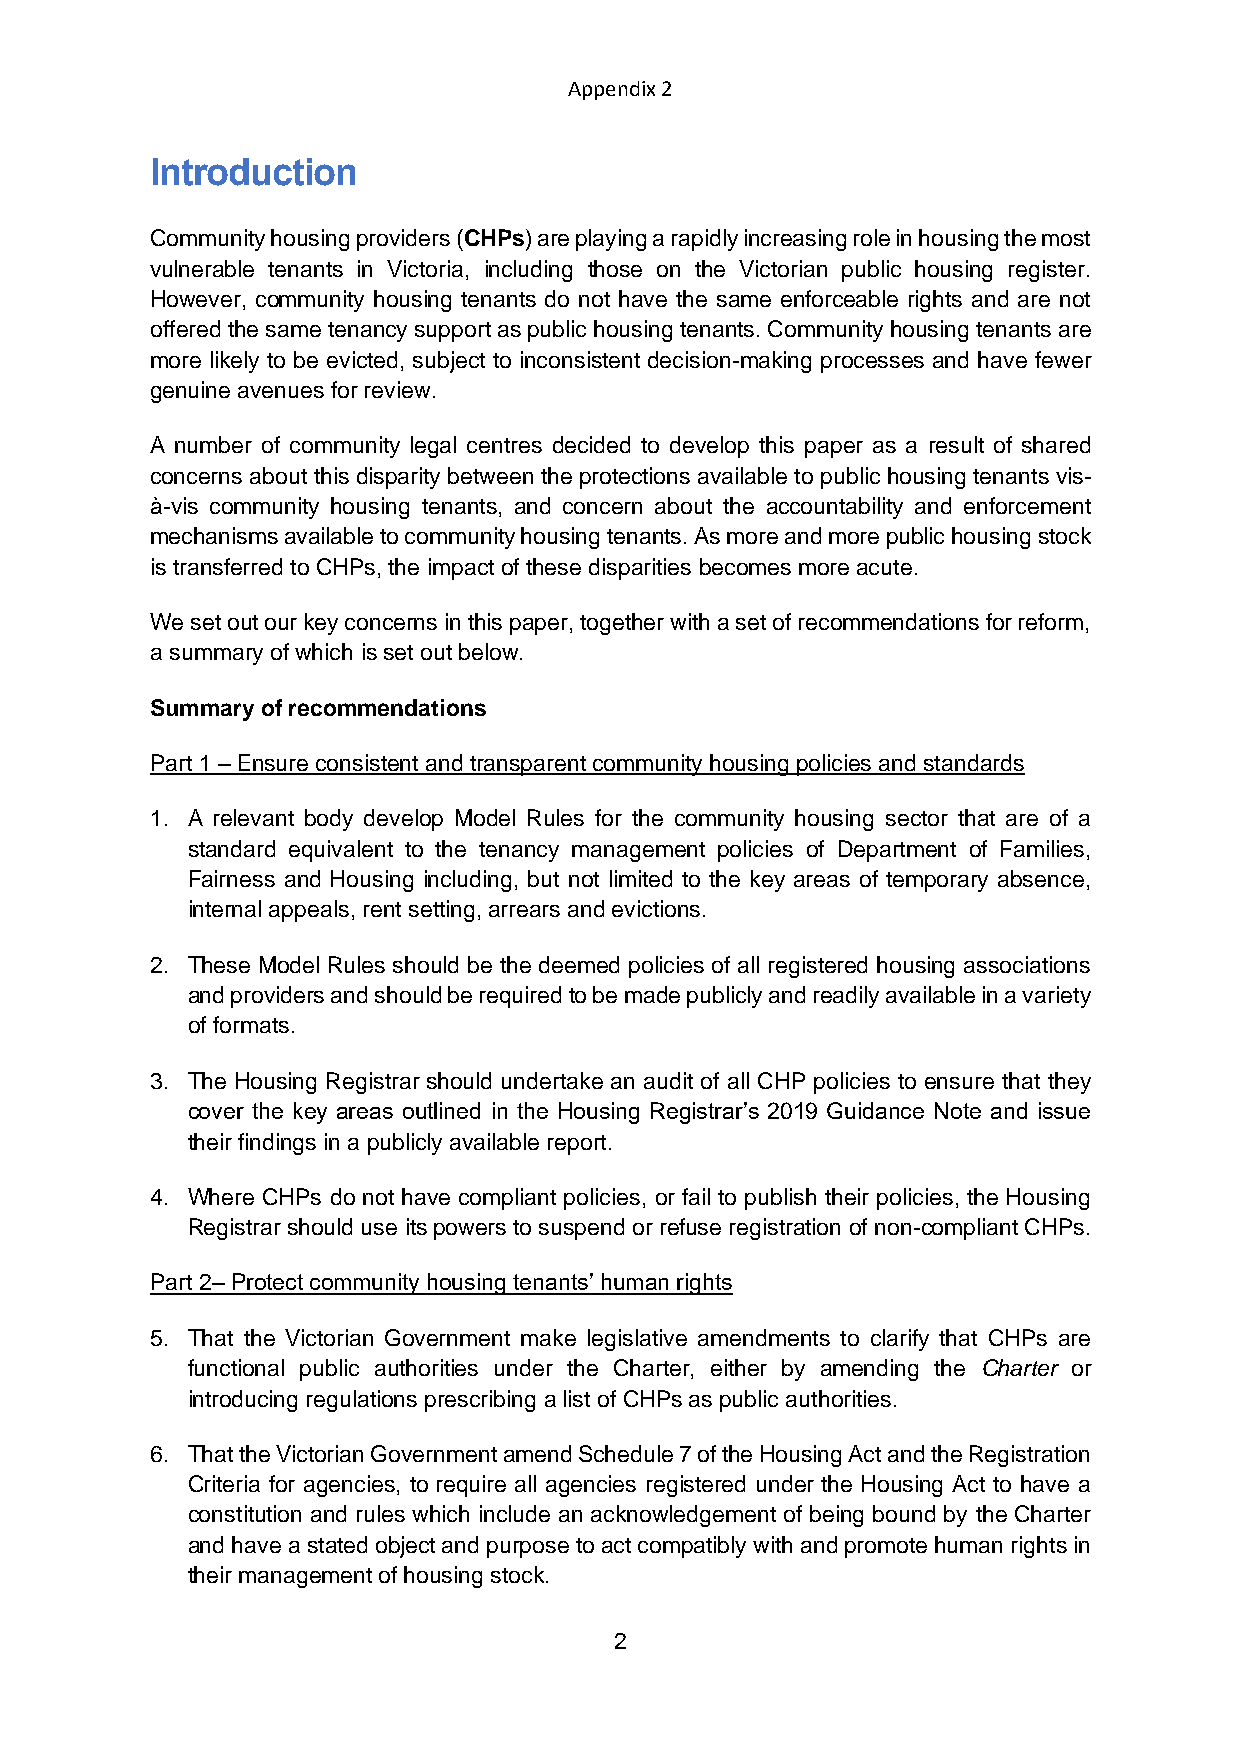
Appendix 2
 Introduction
 Community housing providers (CHPs) are playing a rapidly increasing role in housing the most
 vulnerable tenants in Victoria, including those on the Victorian public housing register.
 However, community housing tenants do not have the same enforceable rights and are not
 offered the same tenancy support as public housing tenants. Community housing tenants are
 more likely to be evicted, subject to inconsistent decision-making processes and have fewer
 genuine avenues for review.
 A number of community legal centres decided to develop this paper as a result of shared
 concerns about this disparity between the protections available to public housing tenants vis-
 à-vis community housing tenants, and concern about the accountability and enforcement
 mechanisms available to community housing tenants. As more and more public housing stock
 is transferred to CHPs, the impact of these disparities becomes more acute.
 We set out our key concerns in this paper, together with a set of recommendations for reform,
 a summary of which is set out below.
 Summary of recommendations
 Part 1 – Ensure consistent and transparent community housing policies and standards
 1. A relevant body develop Model Rules for the community housing sector that are of a
 standard equivalent to the tenancy management policies of Department of Families,
 Fairness and Housing including, but not limited to the key areas of temporary absence,
 internal appeals, rent setting, arrears and evictions.
 2. These Model Rules should be the deemed policies of all registered housing associations
 and providers and should be required to be made publicly and readily available in a variety
 of formats.
 3. The Housing Registrar should undertake an audit of all CHP policies to ensure that they
 cover the key areas outlined in the Housing Registrar’s 2019 Guidance Note and issue
 their findings in a publicly available report.
 4. Where CHPs do not have compliant policies, or fail to publish their policies, the Housing
 Registrar should use its powers to suspend or refuse registration of non-compliant CHPs.
 Part 2– Protect community housing tenants’ human rights
 5. That the Victorian Government make legislative amendments to clarify that CHPs are
 functional public authorities under the Charter, either by amending the Charter or
 introducing regulations prescribing a list of CHPs as public authorities.
 6. That the Victorian Government amend Schedule 7 of the Housing Act and the Registration
 Criteria for agencies, to require all agencies registered under the Housing Act to have a
 constitution and rules which include an acknowledgement of being bound by the Charter
 and have a stated object and purpose to act compatibly with and promote human rights in
 their management of housing stock.
 2